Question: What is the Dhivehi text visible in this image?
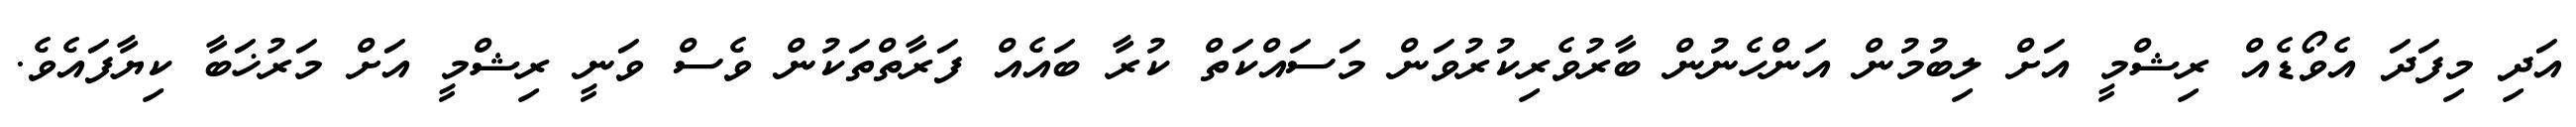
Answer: އަދި މިފަދަ އެވޯޑެއް ރިޝްމީ އަށް ލިބުމުން އަންހެނުން ބާރުވެރިކުރުވަން މަސައްކަތް ކުރާ ބައެއް ފަރާތްތަކުން ވެސް ވަނީ ރިޝްމީ އަށް މަރުޚަބާ ކިޔާފައެވެ.